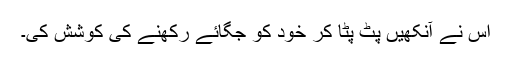
اس نے آنکھیں پٹ پٹا کر خود کو جگائے رکھنے کی کوشش کی۔